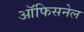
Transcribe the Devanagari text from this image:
ऑफिसनेल